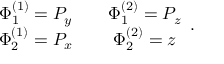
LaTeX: \begin{array} { c c c } { { \Phi _ { 1 } ^ { ( 1 ) } = P _ { y } } } & { { { } } } & { { \Phi _ { 1 } ^ { ( 2 ) } = P _ { z } } } \\ { { \Phi _ { 2 } ^ { ( 1 ) } = P _ { x } } } & { { { } } } & { { \Phi _ { 2 } ^ { ( 2 ) } = z } } \end{array} .